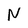
Character: N